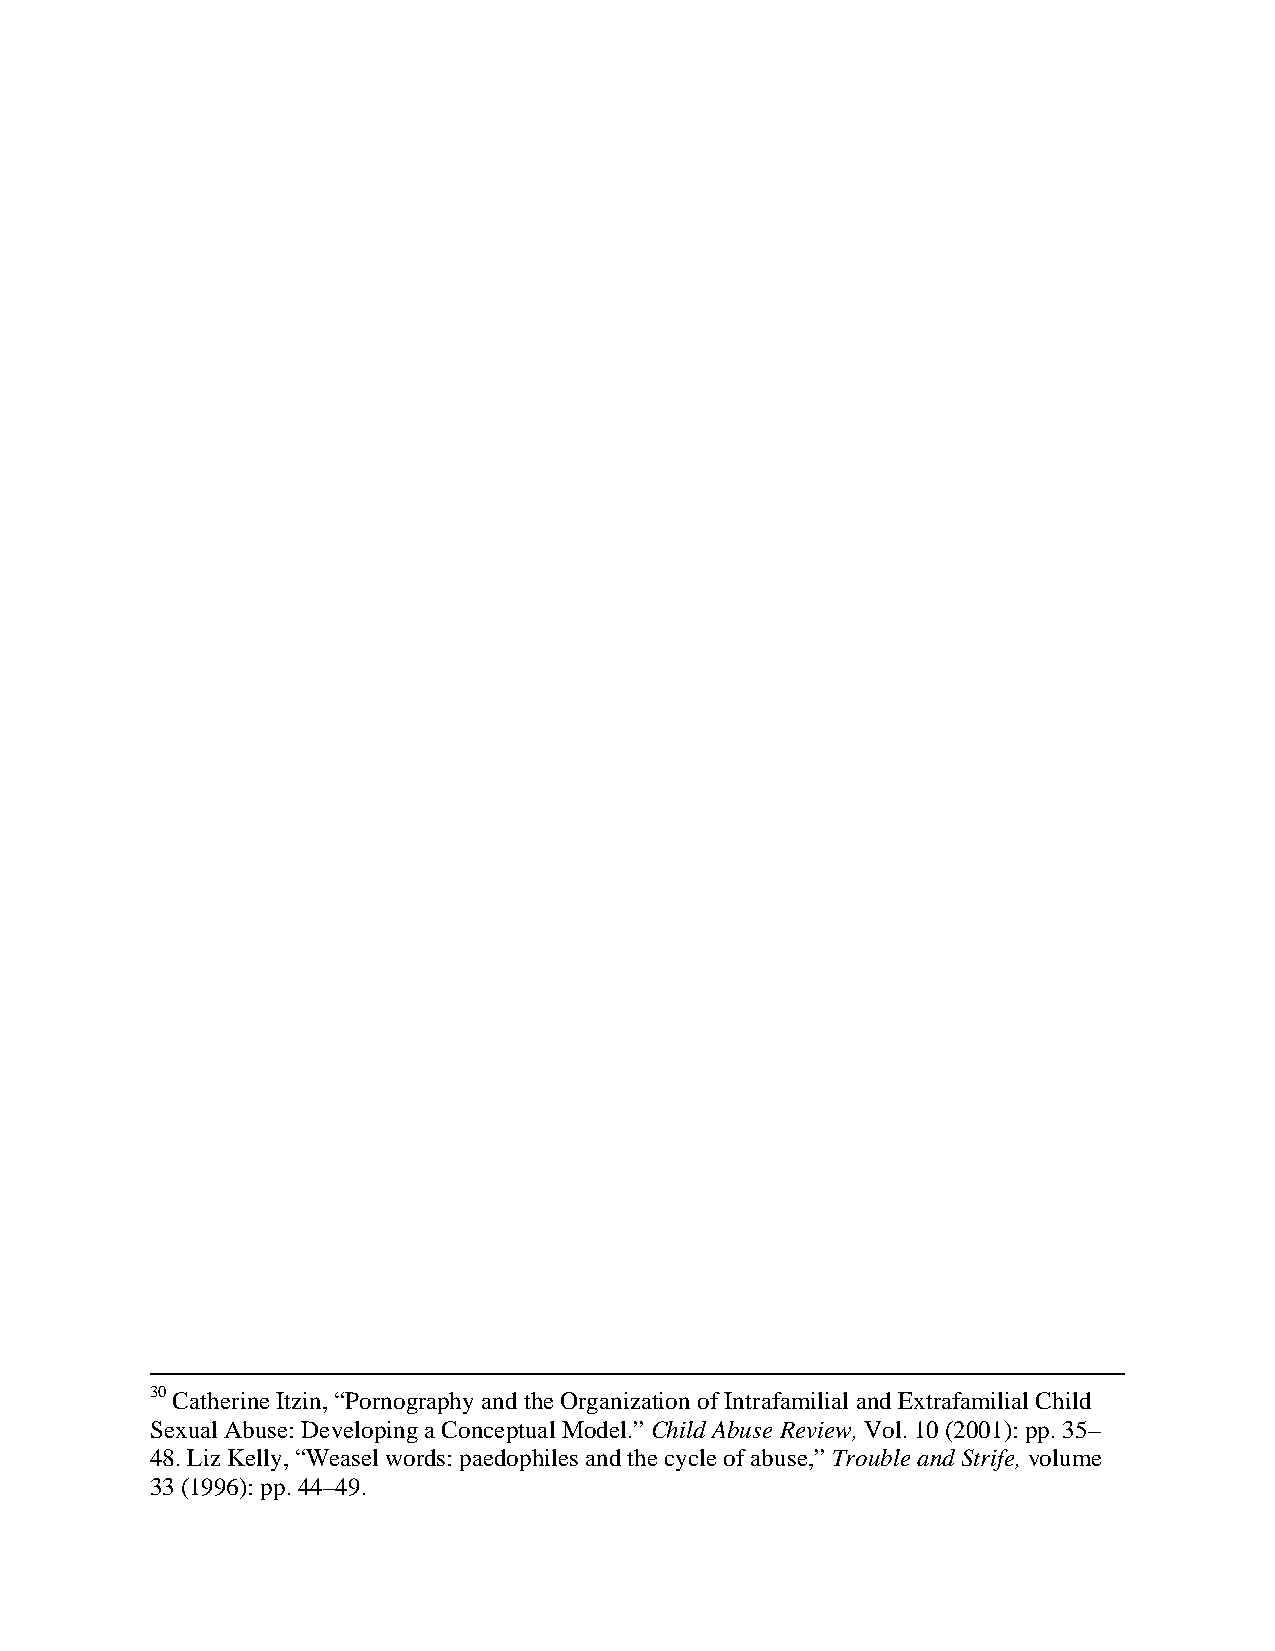
30 Catherine Itzin, “Pornography and the Organization of Intrafamilial and Extrafamilial Child
 Sexual Abuse: Developing a Conceptual Model.” Child Abuse Review, Vol. 10 (2001): pp. 35–
 48. Liz Kelly, “Weasel words: paedophiles and the cycle of abuse,” Trouble and Strife, volume
 33 (1996): pp. 44–49.